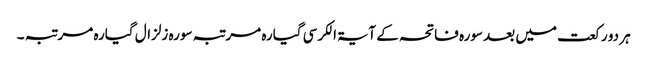
ہر دو رکعت میں بعد سورہ فاتحہ کے آیۃ الکرسی گیارہ مرتبہ سورہ زلزال گیارہ مرتبہ ۔